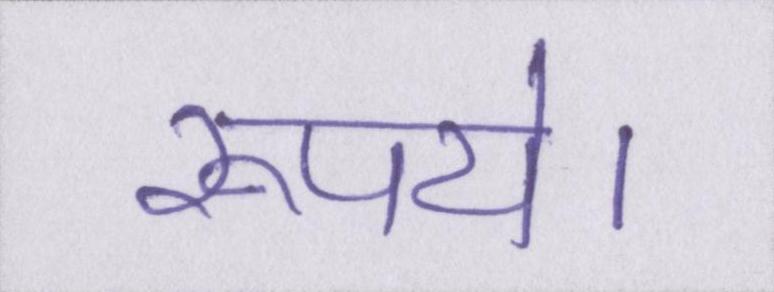
रूपये।